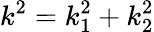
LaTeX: k^{2}=k_{1}^{2}+k_{2}^{2}